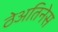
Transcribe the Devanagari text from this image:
ठेअतिनेस